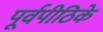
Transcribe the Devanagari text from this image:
पूर्वपीठिके